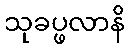
သုခပ္ဖလာနိ